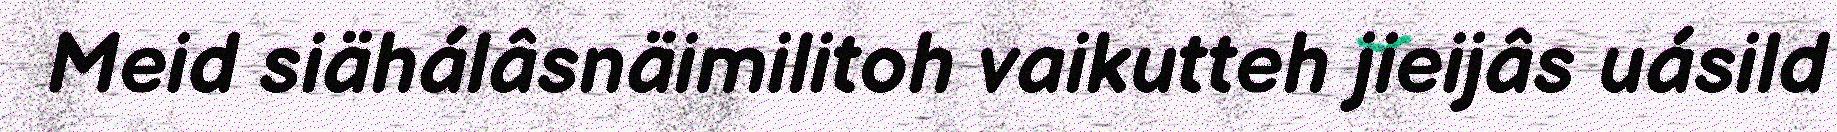
Meid siähálâsnäimilitoh vaikutteh jieijâs uásild